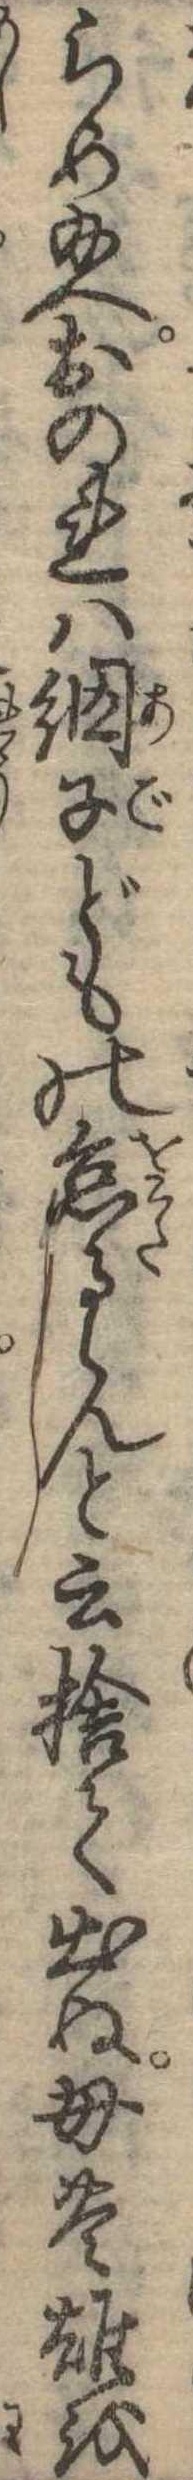
らめ給へおのれは網子どもの怠るらんと云捨て出ぬ母豊雄を